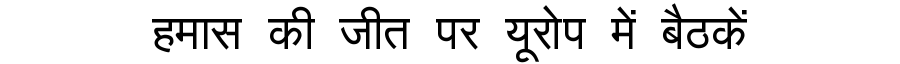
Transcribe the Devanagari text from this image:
हमास की जीत पर यूरोप में बैठकें